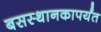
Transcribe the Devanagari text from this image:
बसस्थानकापर्यंत